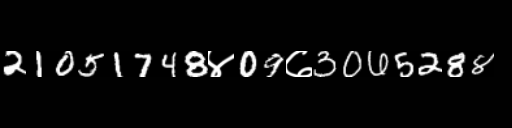
Text: 21051748४09७3065288